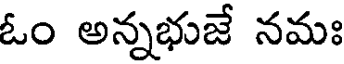
ఓం అన్నభుజే నమః